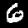
Label: 6